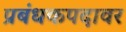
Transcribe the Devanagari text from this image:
प्रबंधकपदावर